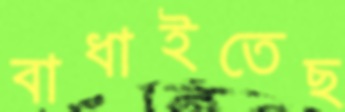
বাধাইতেছ